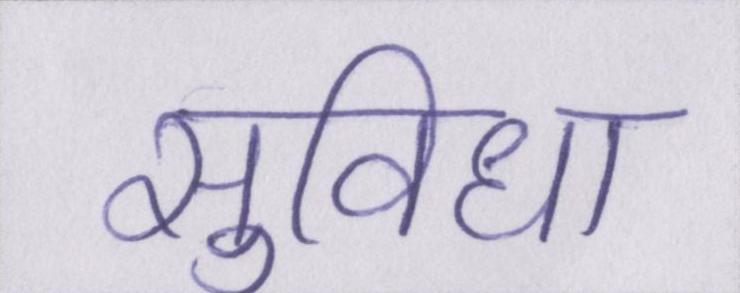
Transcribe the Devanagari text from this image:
सुविधा